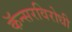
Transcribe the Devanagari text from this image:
कॅन्सरविरोधी